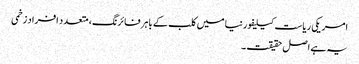
امریکی ریاست کیلیفورنیا میں کلب کے باہر فائرنگ، متعدد افراد زخمی
یہ ہے اصل حقیقت ۔